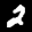
Label: 2